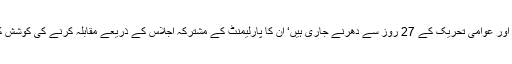
تحریک انصاف اور عوامی تحریک کے 27 روز سے دھرنے جاری ہیں‘ ان کا پارلیمنٹ کے مشترکہ اجلاس کے ذریعے مقابلہ کرنے کی کوشش کی جا رہی ہے۔